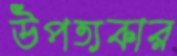
উপত্যকার